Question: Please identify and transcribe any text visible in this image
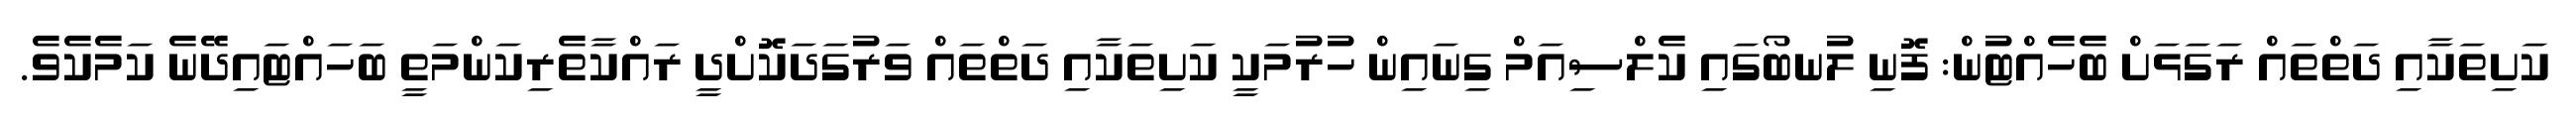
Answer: ކަށިތަކާއި ދަތްތައް ރަގަޅަށް ބެހެއްޓުން: ފޮނި ލުނބޯގައި ކެލްސިއަމް ގިނައިން ހުރުމަކީ ކަށިތަކާއި ދަތްތައް ވަރުގަދަކޮށްދީ ރައްކާތެރިކަންމަތީ ބަހައްޓައިދޭނެ ކަމެކެވެ.